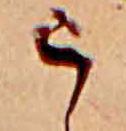
う